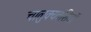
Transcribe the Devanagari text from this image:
चालुक्यवंशियों